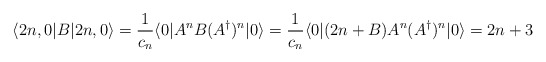
\begin{align*}\langle 2n,0|B|2n,0\rangle = {1\over c_n} \langle0|A^n B (A^\dagger)^n|0\rangle ={1\over c_n} \langle0|(2n+B)A^n (A^\dagger)^n|0\rangle = 2n+3\end{align*}